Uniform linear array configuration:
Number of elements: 48
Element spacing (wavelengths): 0.25
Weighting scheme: hann
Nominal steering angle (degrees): -45
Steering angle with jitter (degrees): -45.73
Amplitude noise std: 0.05
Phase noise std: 0.05

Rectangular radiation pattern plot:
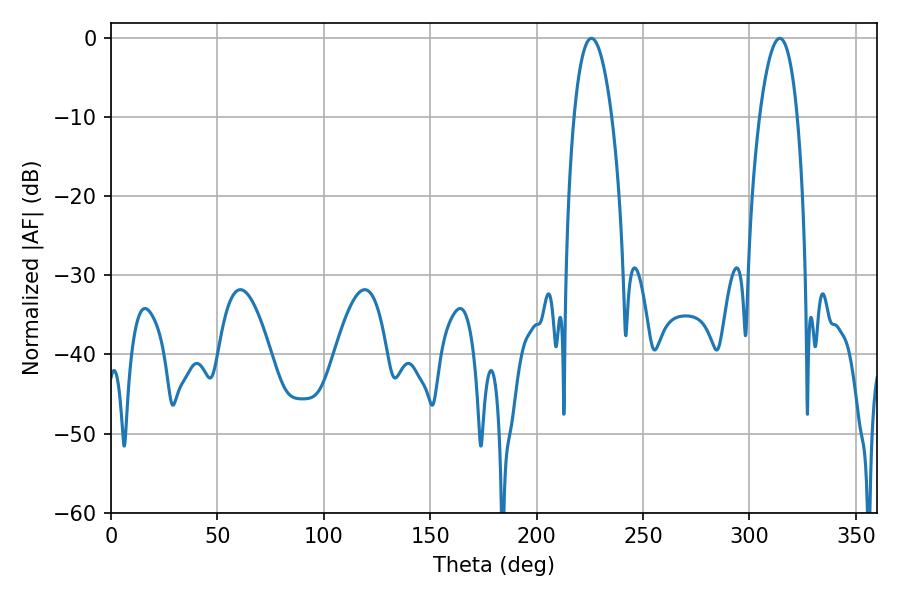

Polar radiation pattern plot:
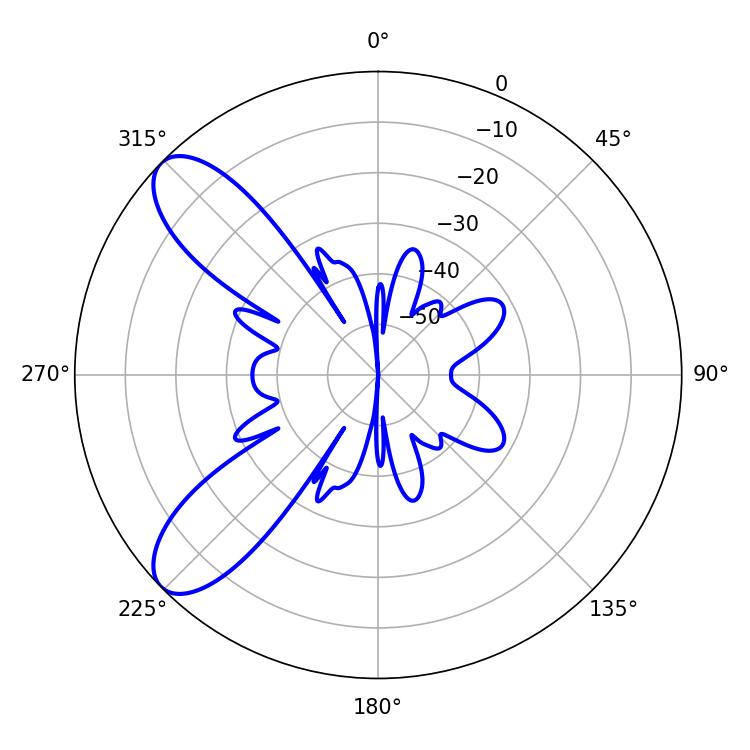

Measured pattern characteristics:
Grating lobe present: FALSE
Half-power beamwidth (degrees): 9.9
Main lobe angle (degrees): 314.28